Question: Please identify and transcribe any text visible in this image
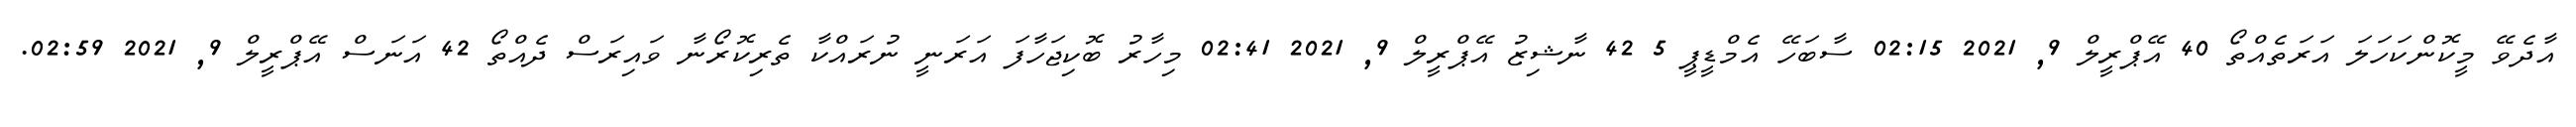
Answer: އާދެވޭ މީކޮންކަހަލަ އަރަތެއްތޯ 40 އޭޕްރީލް 9, 2021 02:15 ސާބަހޭ އެމްޑީޕީ 5 42 ނާޝިޒު އޭޕްރީލް 9, 2021 02:41 މިހާރު ބޮކިޖަހާފަ އަރަނީ ނުރައްކާ ތެރިކޮރޯނާ ވައިރަސް ދެއްތޯ 42 އަނަސް އޭޕްރީލް 9, 2021 02:59.